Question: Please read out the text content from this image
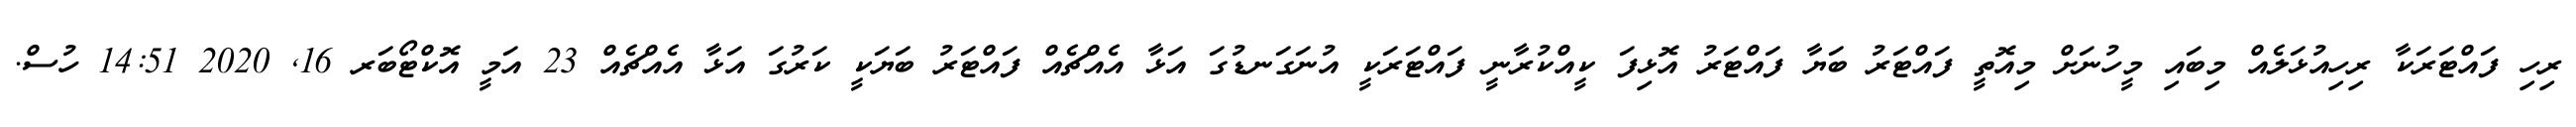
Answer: ރިހި ފައްޓަރަކާ ރިހިއުޅަލެއް މިބައި މީހުނަށް މިއޮތީ ފައްޓަރު ބަޔާ ފައްޓަރު އޮޅިފަ ކީއްކުރާނީ ފައްޓަރަކީ އުނަގަނޑުގަ އަޅާ އެއްޗެއް ފައްޓަރު ބަޔަކީ ކަރުގަ އަޅާ އެއްޗެއް 23 އަމީ އޮކްޓޯބަރ 16, 2020 14:51 ހުސް.